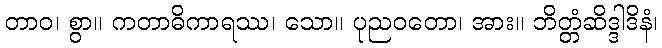
တာဝ၊ စွာ။ ကတာဓိကာရဿ၊ သော။ ပုညဝတော၊ အား။ ဘိတ္တံဆိဒ္ဒါဒိနံ၊